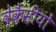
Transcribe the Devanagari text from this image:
वेकैंसीयों